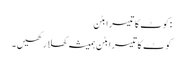
:کوٹ کا تیسرا بٹن
کوٹ کا تیسرا بٹن ہمیشہ کھلا رکھیں۔